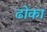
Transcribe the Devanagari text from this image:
ढाेका